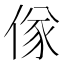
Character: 𬾷